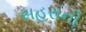
સહરાની